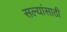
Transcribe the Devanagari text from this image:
सल्यांसाठी